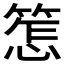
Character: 𱸒